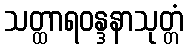
သတ္ထာရဝန္ဒနာသုတ္တံ